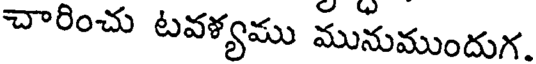
చారించు టవళ్యము మునుముందుగ.